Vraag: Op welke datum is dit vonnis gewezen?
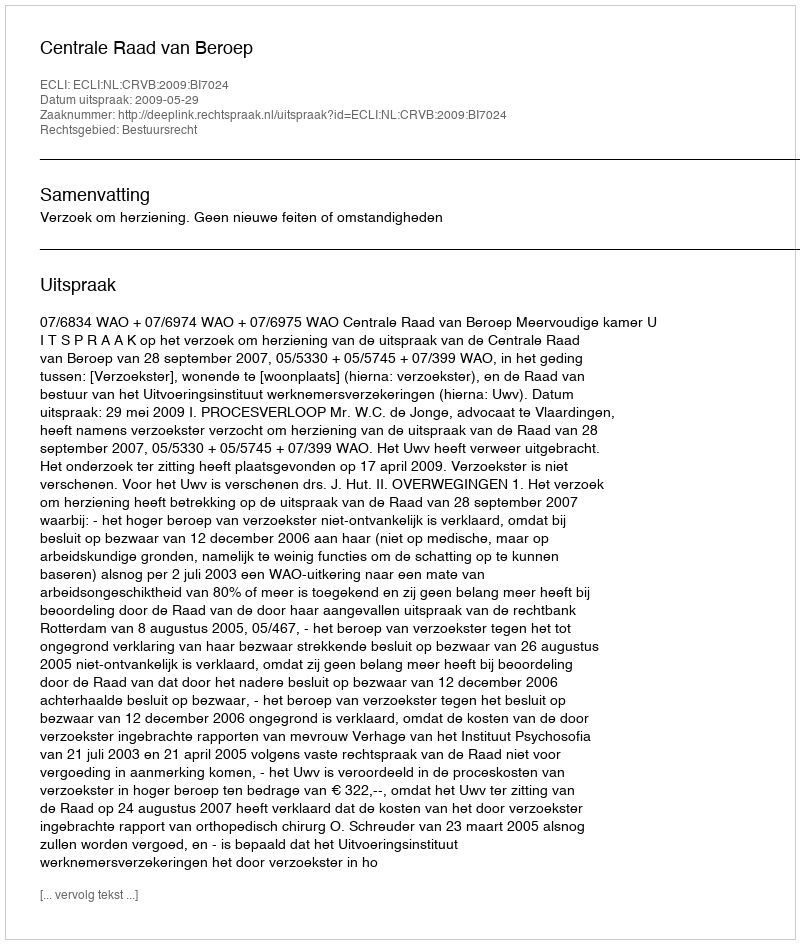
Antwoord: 2009-05-29